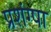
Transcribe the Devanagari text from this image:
प्रशंग्षा